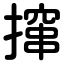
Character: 撺